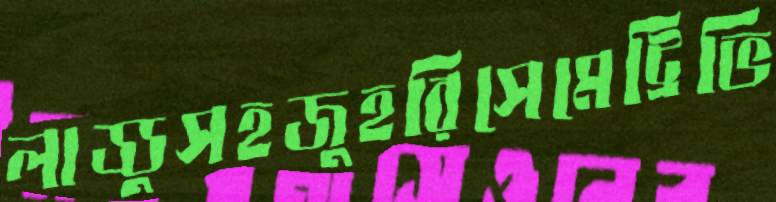
লাড্ডুসহজুহরিসেমেট্রিভি